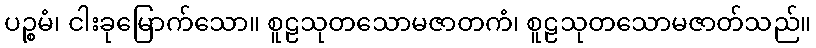
ပဉ္စမံ၊ ငါးခုမြောက်သော။ စူဠသုတသောမဇာတကံ၊ စူဠသုတသောမဇာတ်သည်။